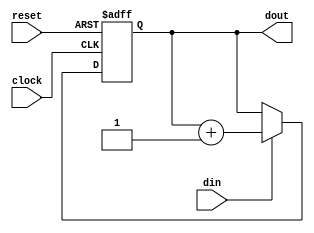
module pulse_counter  # (parameter WIDTH = 8) 
(
 input  clock,
 input  din,
 input  reset ,
 output [WIDTH-1:0] dout 
 );


reg [WIDTH-1:0] count;

always @(posedge clock or posedge reset)
		begin
		if (reset) count <= {WIDTH{1'b0}};	
		else if (din)
				count <= count +  {{(WIDTH-1){1'b0}}, 1'b1};
		end

assign dout = count;

endmodule